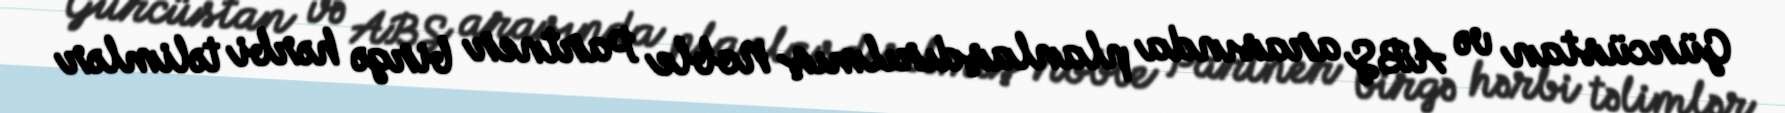
Gürcüstan və ABŞ arasında planlaşdırılmış Noble Partner birgə hərbi təlimlər